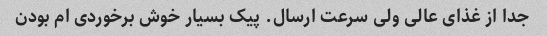
جدا از غذای عالی ولی سرعت ارسال. پیک بسیار خوش برخوردی ام بودن